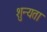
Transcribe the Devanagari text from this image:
शुन्यता